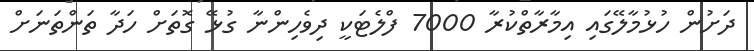
ދަށުން ހުޅުމާލޭގައި އިމާރާތްކުރާ 7000 ފްލެޓަކީ ދިވެހިންނާ ގުޅޭ ގޮތަށް ހަދާ ތަންތަނަށް